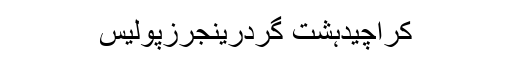
کراچیدہشت گردرینجرزپولیس